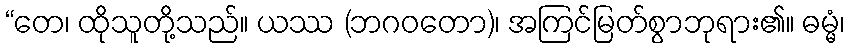
“တေ၊ ထိုသူတို့သည်။ ယဿ (ဘဂဝတော)၊ အကြင်မြတ်စွာဘုရား၏။ ဓမ္မံ၊